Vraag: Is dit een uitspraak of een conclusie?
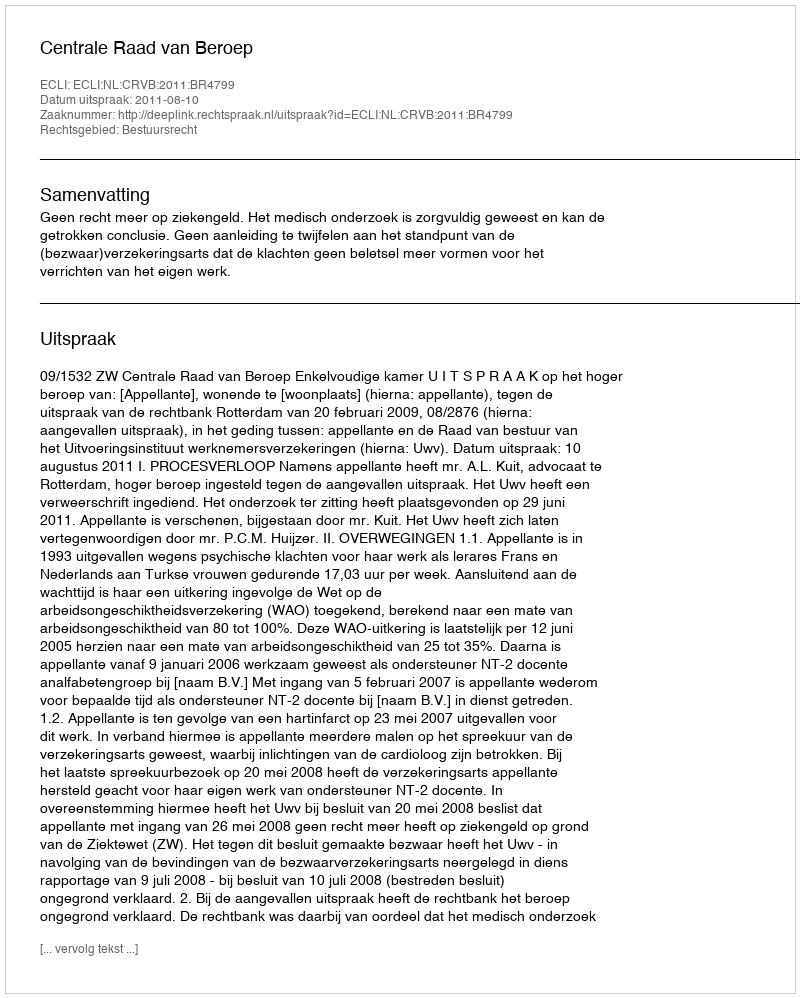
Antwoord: Uitspraak